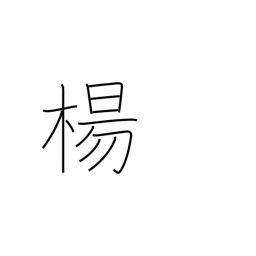
Meaning: willow